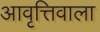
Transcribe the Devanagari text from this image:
आवृत्तिवाला